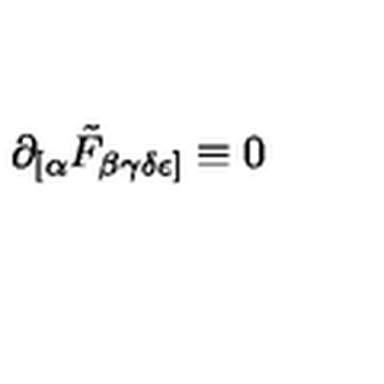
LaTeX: \partial _ { [ \alpha } \tilde { F } _ { \beta \gamma \delta \epsilon ] } \equiv 0